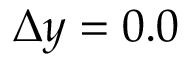
\Delta y = 0 . 0